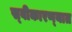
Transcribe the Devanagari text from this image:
स्‍वीकारण्‍यात